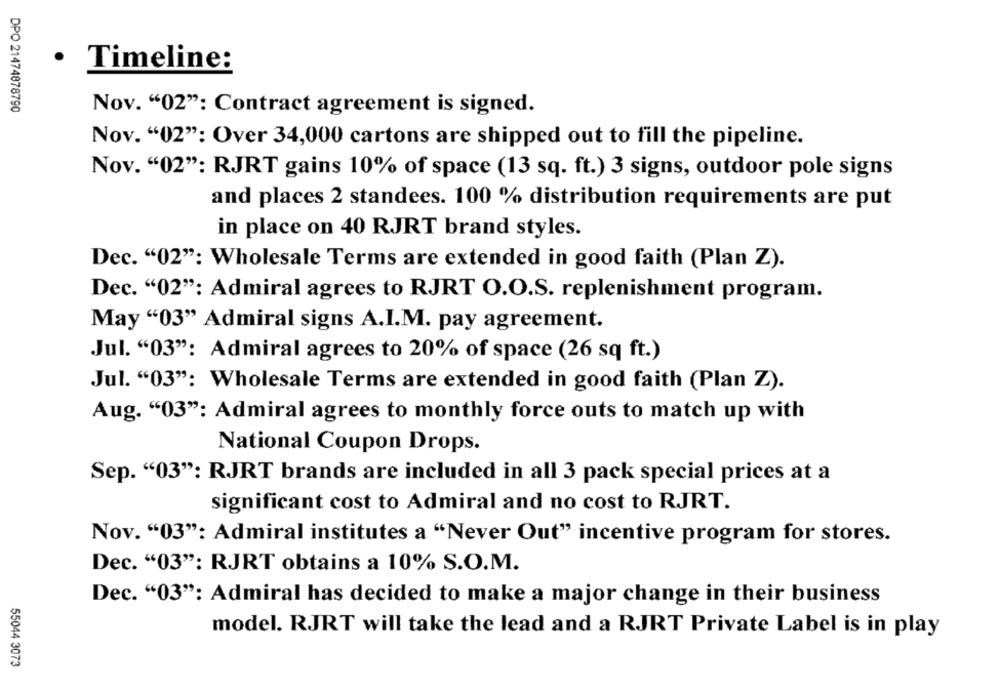
.
Timeline:
DPO 21474878790
Nov. "02": Contract agreement is signed.
Nov. "02": Over 34,000 cartons are shipped out to fill the pipeline.
Nov. "02": RJRT gains 10% of space (13 sq. ft.) 3 signs, outdoor pole signs
and places 2 standees. 100 % distribution requirements are put
in place on 40 RJRT brand styles.
Dec. "02": Wholesale Terms are extended in good faith (Plan Z).
Dec. "02": Admiral agrees to RJRT O.O.S. replenishment program.
May "03" Admiral signs A.I.M. pay agreement.
Jul. "03": Admiral agrees to 20% of space (26 sq ft.)
Jul. "03": Wholesale Terms are extended in good faith (Plan Z).
Aug. "03": Admiral agrees to monthly force outs to match up with
National Coupon Drops.
Sep. "03": RJRT brands are included in all 3 pack special prices at a
significant cost to Admiral and no cost to RJRT.
Nov. "03": Admiral institutes a "Never Out" incentive program for stores.
Dec. "03": RJRT obtains a 10% S.O.M.
Dec. "03": Admiral has decided to make a major change in their business
model. RJRT will take the lead and a RJRT Private Label is in play
55044 3073